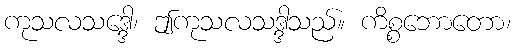
ကုသလသဒ္ဒေါ၊ ဤကုသလသဒ္ဒါသည်။ ကိစ္စဘောတော၊